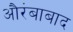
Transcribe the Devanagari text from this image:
औरंबाबाद